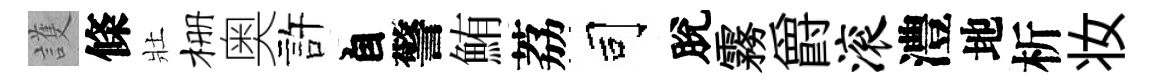
護條壯栅奥許自警鮪荔司脫霧爵滚澧地析妆